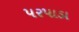
પરપાડા